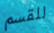
للقسم